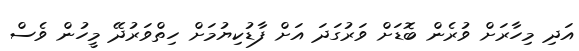
އަދި މިހާރަށް ވުރެން ބޮޑަށް ވަރުގަދަ އަށް ފާޑުކިޔުމަށް ހިތްވަރުދޭ މީހުން ވެސް